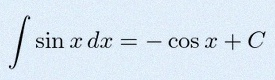
\int \sin x\,dx=-\cos x+C